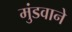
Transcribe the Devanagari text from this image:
मुंडवाने